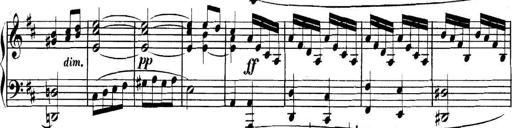
Title: Collected Piano Sonatas
Composer: Muzio Clementi